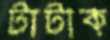
টাটাক